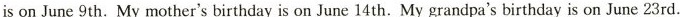
is on June 9th. My mother's birthday is on June 14 th. My grandpa's birthday is on June 23rd.